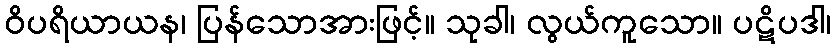
ဝိပရိယာယန၊ ပြန်သောအားဖြင့်။ သုခါ၊ လွယ်ကူသော။ ပဋိပဒါ၊